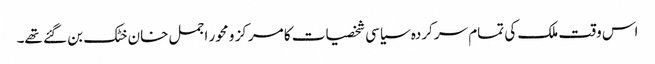
اس وقت ملک کی تمام سرکردہ سیاسی شخصیات کا مرکز و محور اجمل خان خٹک بن گئے تھے۔